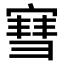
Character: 𫳯